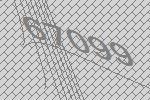
67099